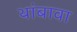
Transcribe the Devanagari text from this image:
थांबावा